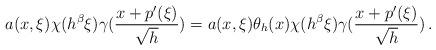
LaTeX: \begin{align*}a(x,\xi)\chi(h^{\beta}\xi) \gamma(\frac{x+p'(\xi)}{\sqrt{h}}) = a(x,\xi) \theta_h(x)\chi(h^{\beta}\xi) \gamma(\frac{x+p'(\xi)}{\sqrt{h}}) \, .\end{align*}